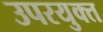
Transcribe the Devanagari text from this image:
उपरयुक्त